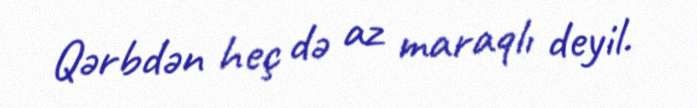
Qərbdən heç də az maraqlı deyil.